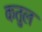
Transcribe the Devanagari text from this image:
कतुल